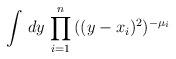
LaTeX: \begin{align*} \int \, dy \, \prod_{i=1}^{n} \, ((y-x_i)^2)^{-\mu_i}\end{align*}